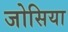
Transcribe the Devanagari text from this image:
जोसिया